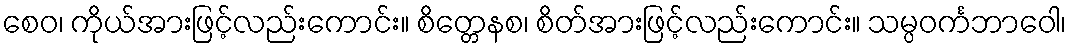
စေဝ၊ ကိုယ်အားဖြင့်လည်းကောင်း။ စိတ္တေနစ၊ စိတ်အားဖြင့်လည်းကောင်း။ သမ္ပဝင်္ကဘာဝေါ၊